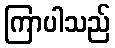
ကြာပါသည်